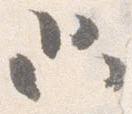
只